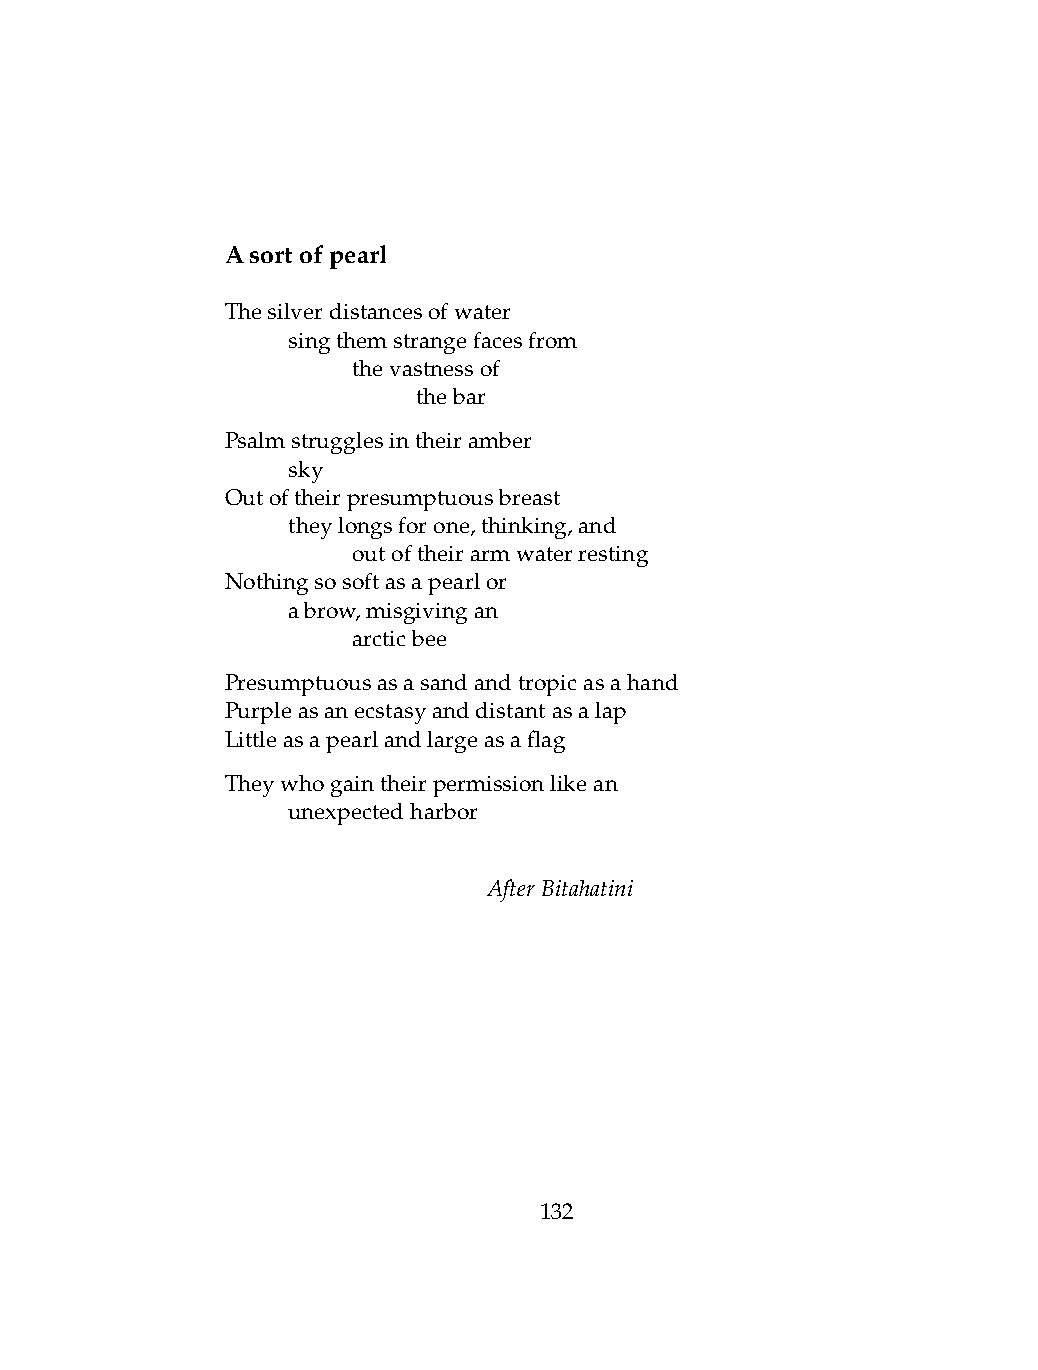
Asortofpearl
 Thesilverdistancesofwater
 .   singthemstrangefacesfrom
 .   .   thevastnessof
 .   .   .    thebar
 Psalmstrugglesintheiramber
 .   sky
 Outoftheirpresumptuousbreast
 .   theylongsforone,thinking,and
 .   .   outoftheirarmwaterresting
 Nothingsosoftasapearlor
 .   abrow,misgivingan
 .   .   arcticbee
 Presumptuousasasandandtropicasahand
 Purpleasanecstasyanddistantasalap
 Littleasapearlandlargeasaflag
 Theywhogaintheirpermissionlikean
 .   unexpectedharbor
 AfterBitahatini
 132